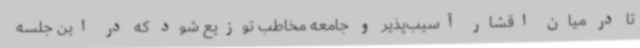
تا در میان اقشار آسیب‌پذیر و جامعه مخاطب توزیع شود که در این جلسه